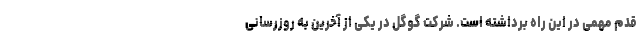
قدم مهمی در این راه برداشته است. شرکت گوگل در یکی از آخرین به روزرسانی